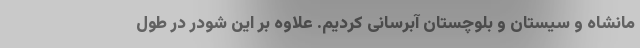
مانشاه و سیستان و بلوچستان آبرسانی کردیم. علاوه بر این شودر در طول